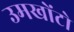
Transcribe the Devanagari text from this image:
उमखोंटो